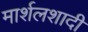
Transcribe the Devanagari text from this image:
मार्शलशादी